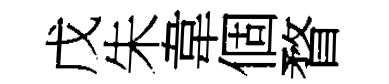
戊朱韋個瞀